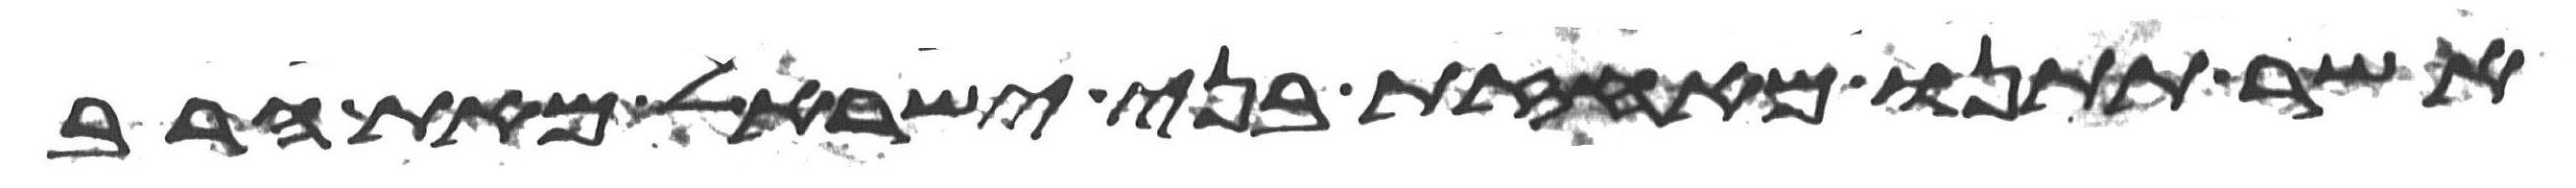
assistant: אשר תתנו מאחזת בני ישראל מאת הרב